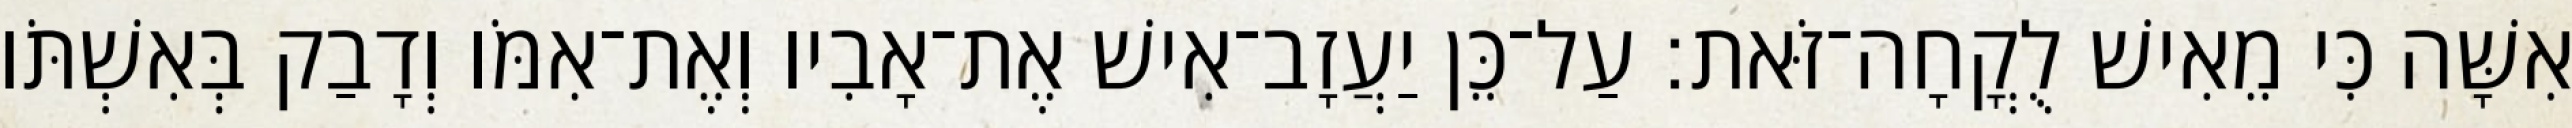
אִשָּׁה כִּי מֵאִישׁ לֻקֳחָה־זֹּאת׃ עַל־כֵּן יַעֲזָב־אִישׁ אֶת־אָבִיו וְאֶת־אִמֹּו וְדָבַק בְּאִשְׁתֹּו